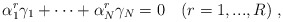
\begin{align*}\alpha_1^r \gamma_1 + \dots + \alpha_N^r \gamma_N = 0\quad(r=1,...,R)\; ,\end{align*}